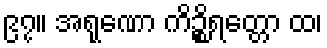
၉၇။ အရုဏော ကိဉ္စိရတ္တော ထ၊